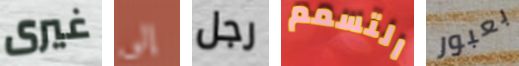
غيرى إلى رجل التسمم بعبور